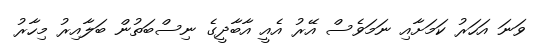
ވަނަ އަހަރު ކަމަށާއި ނަމަވެސް އޭރު އެއީ އާބާދީގެ ނިސްބަތުން ބަލާއިރު މިހާރު